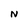
Character: N